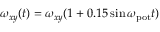
\omega _ { x y } ( t ) = \omega _ { x y } ( 1 + 0 . 1 5 \sin \omega _ { \mathrm { p o t } } t )